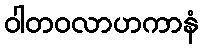
ဝါတဝလာဟကာနံ